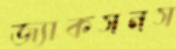
জ্যাকসনস